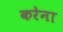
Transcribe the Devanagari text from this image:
करेना